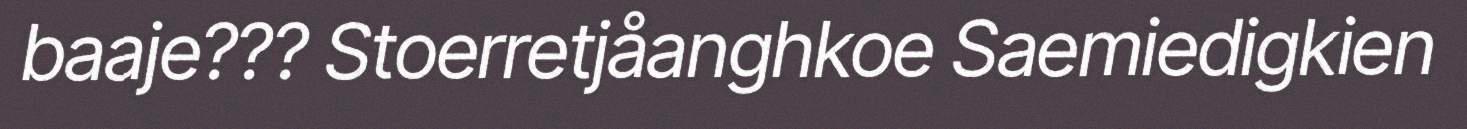
baaje??? Stoerretjåanghkoe Saemiedigkien